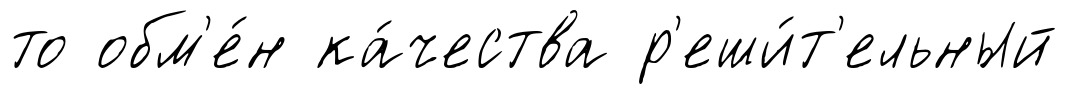
то обм'е́н ка́чества р'еши́т'ельный